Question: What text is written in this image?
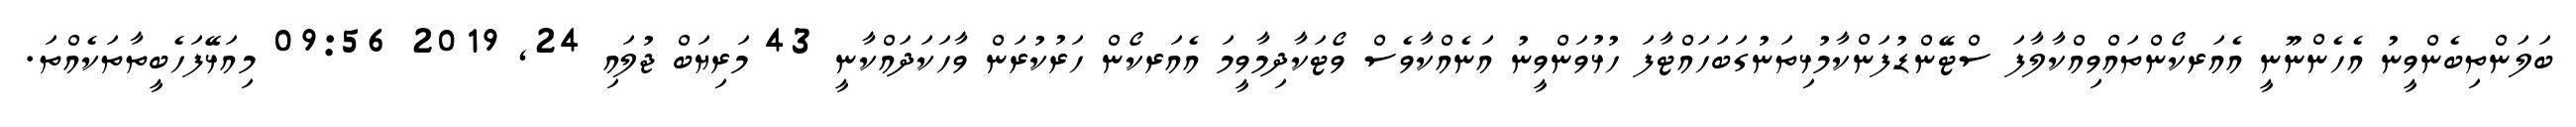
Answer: ބަލަންތިބެންވީނު އެހެންނޫނީ އެއަރކޯންތައްވިއްކާލާފަ ސްޓޭންޑުފަންކާމުޅިތަނުގަބަހައްޓާފަ ހުޅުވަންވީނު އަނެއްކާވެސް ވޯޓަކާދިމާވީމަ އެއަރކޯން ހަރުކުރަން ވާހަކަދައްކާނީ 43 މަރިޔަބް ޖުލައި 24, 2019 09:56 މިއަޅޭފަހެބީތާތަކެއްތަ.